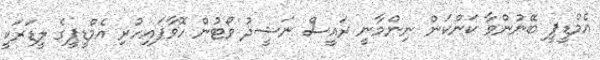
އެމްޑީޕީ ބޭނުންވާ ކަންކަން ނިންމާނީ ރައީސް ނަޝީދު ވޯޓުން ހޮވާފައިހުރި އެމްޑީޕީގެ ލީޑަރަކީ